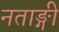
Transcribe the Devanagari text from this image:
नताङ्गी